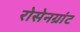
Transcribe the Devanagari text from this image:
रोसेनग्रांट